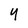
Character: 4